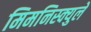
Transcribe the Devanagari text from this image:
मिमनिस्क्युले